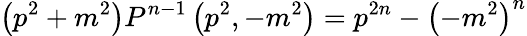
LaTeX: \left(p^{2}+m^{2}\right)P^{n-1}\left(p^{2},-m^{2}\right)=p^{2n}-{\left(-m^{2}\right)}^{n}